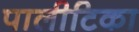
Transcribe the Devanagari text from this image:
पालीटिका